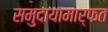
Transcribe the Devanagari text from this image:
समुदायामार्फत